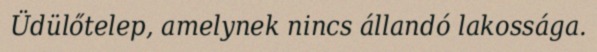
Üdülőtelep, amelynek nincs állandó lakossága.